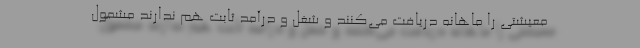
معیشتی را ماهانه دریافت می‌کنند و شغل و درآمد ثابت هم ندارند مشمول